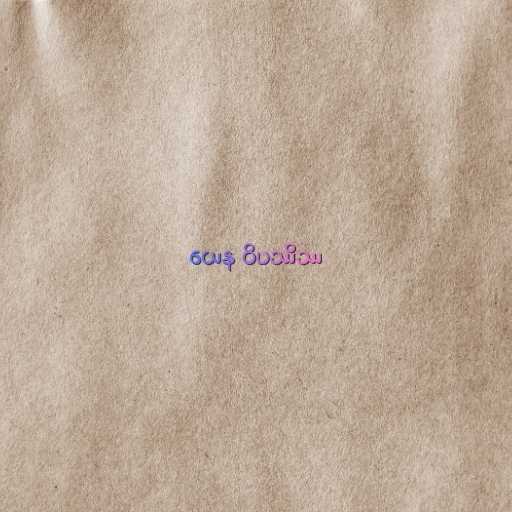
ယေန ဝိပဿိဿ